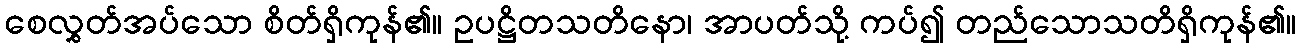
စေလွှတ်အပ်သော စိတ်ရှိကုန်၏။ ဥပဋ္ဌိတသတိနော၊ အာပတ်သို့ ကပ်၍ တည်သောသတိရှိကုန်၏။